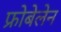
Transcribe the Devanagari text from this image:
फ्रोबेलेन